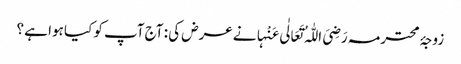
زوجۂ محترمہ رَضِیَ اللّٰہُ تَعَالٰی عَنْہانے عرض کی : آج آپ کو کیا ہوا ہے ؟